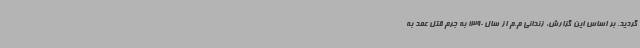
گردید. بر اساس این گزارش، زندانی م.م از سال 1390 به جرم قتل عمد به